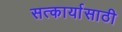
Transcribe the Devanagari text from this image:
सत्कार्यासाठी